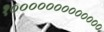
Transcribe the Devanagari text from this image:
१०००००००००००००